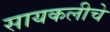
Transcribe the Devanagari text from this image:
सायकलीचे